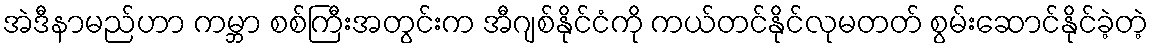
အဲဒီနာမည်ဟာ ကမ္ဘာ စစ်ကြီးအတွင်းက အီဂျစ်နိုင်ငံကို ကယ်တင်နိုင်လုမတတ် စွမ်းဆောင်နိုင်ခဲ့တဲ့